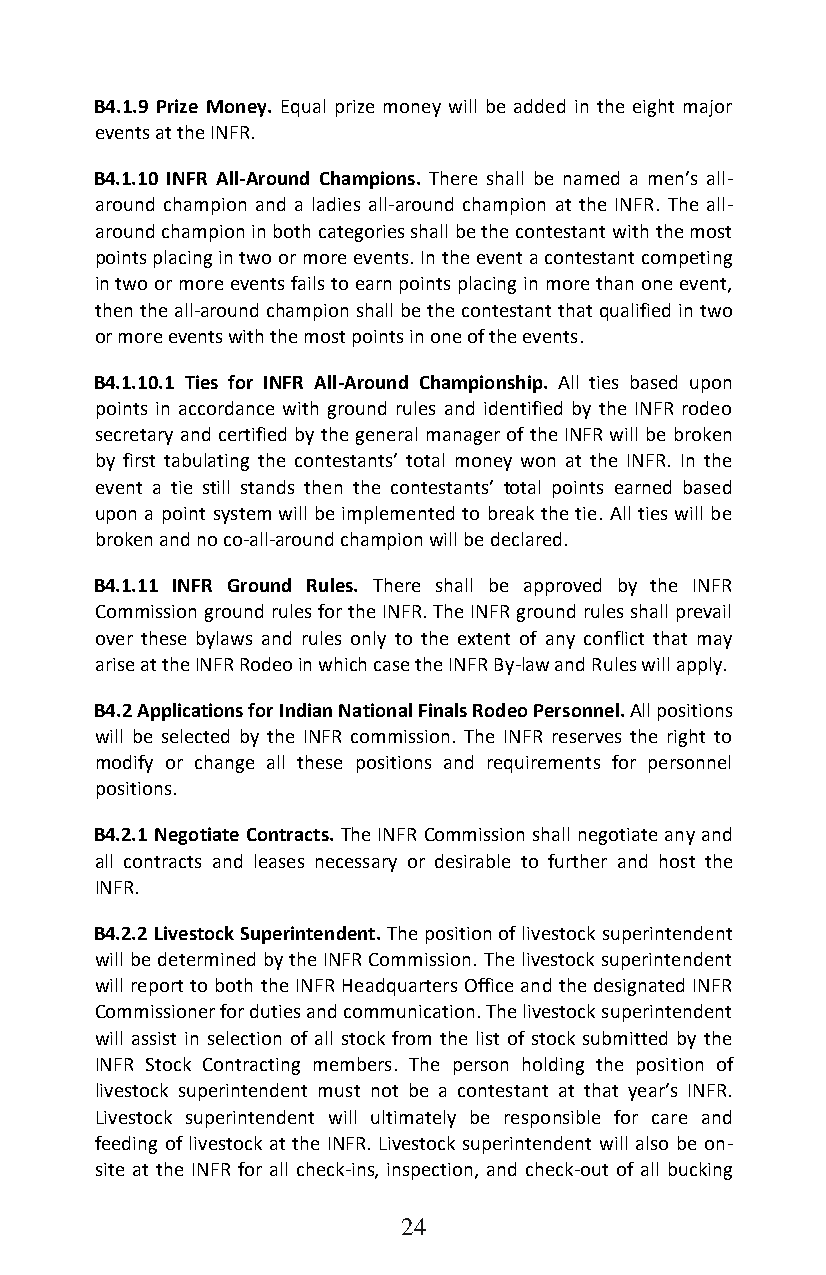
B4.1.9 Prize Money. Equal prize money will be added in the eight major
 events at the INFR.
 B4.1.10 INFR All-Around Champions. There shall be named a men’s all-
 around champion and a ladies all-around champion at the INFR. The all-
 around champion in both categories shall be the contestant with the most
 points placing in two or more events. In the event a contestant competing
 in two or more events fails to earn points placing in more than one event,
 then the all-around champion shall be the contestant that qualified in two
 or more events with the most points in one of the events.
 B4.1.10.1 Ties for INFR All-Around Championship. All ties based upon
 points in accordance with ground rules and identified by the INFR rodeo
 secretary and certified by the general manager of the INFR will be broken
 by first tabulating the contestants’ total money won at the INFR. In the
 event a tie still stands then the contestants’ total points earned based
 upon a point system will be implemented to break the tie. All ties will be
 broken and no co-all-around champion will be declared.
 B4.1.11 INFR Ground Rules. There shall be approved by the INFR
 Commission ground rules for the INFR. The INFR ground rules shall prevail
 over these bylaws and rules only to the extent of any conflict that may
 arise at the INFR Rodeo in which case the INFR By-law and Rules will apply.
 B4.2 Applications for Indian National Finals Rodeo Personnel. All positions
 will be selected by the INFR commission. The INFR reserves the right to
 modify or change all these positions and requirements for personnel
 positions.
 B4.2.1 Negotiate Contracts. The INFR Commission shall negotiate any and
 all contracts and leases necessary or desirable to further and host the
 INFR.
 B4.2.2 Livestock Superintendent. The position of livestock superintendent
 will be determined by the INFR Commission. The livestock superintendent
 will report to both the INFR Headquarters Office and the designated INFR
 Commissioner for duties and communication. The livestock superintendent
 will assist in selection of all stock from the list of stock submitted by the
 INFR Stock Contracting members. The person holding the position of
 livestock superintendent must not be a contestant at that year’s INFR.
 Livestock superintendent will ultimately be responsible for care and
 feeding of livestock at the INFR. Livestock superintendent will also be on-
 site at the INFR for all check-ins, inspection, and check-out of all bucking
 24